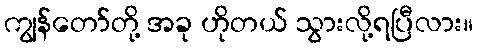
ကျွန်တော်တို့ အခု ဟိုတယ် သွားလို့ရပြီလား။